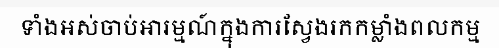
ទាំងអស់ចាប់អារម្មណ៍ក្នុងការស្វែងរកកម្លាំងពលកម្ម